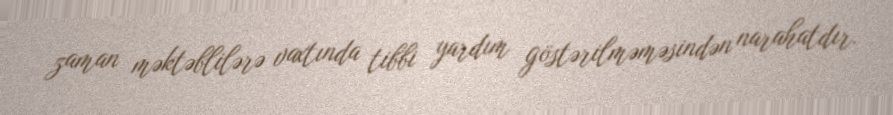
zaman məktəblilərə vaxtında tibbi yardım göstərilməməsindən narahatdır.